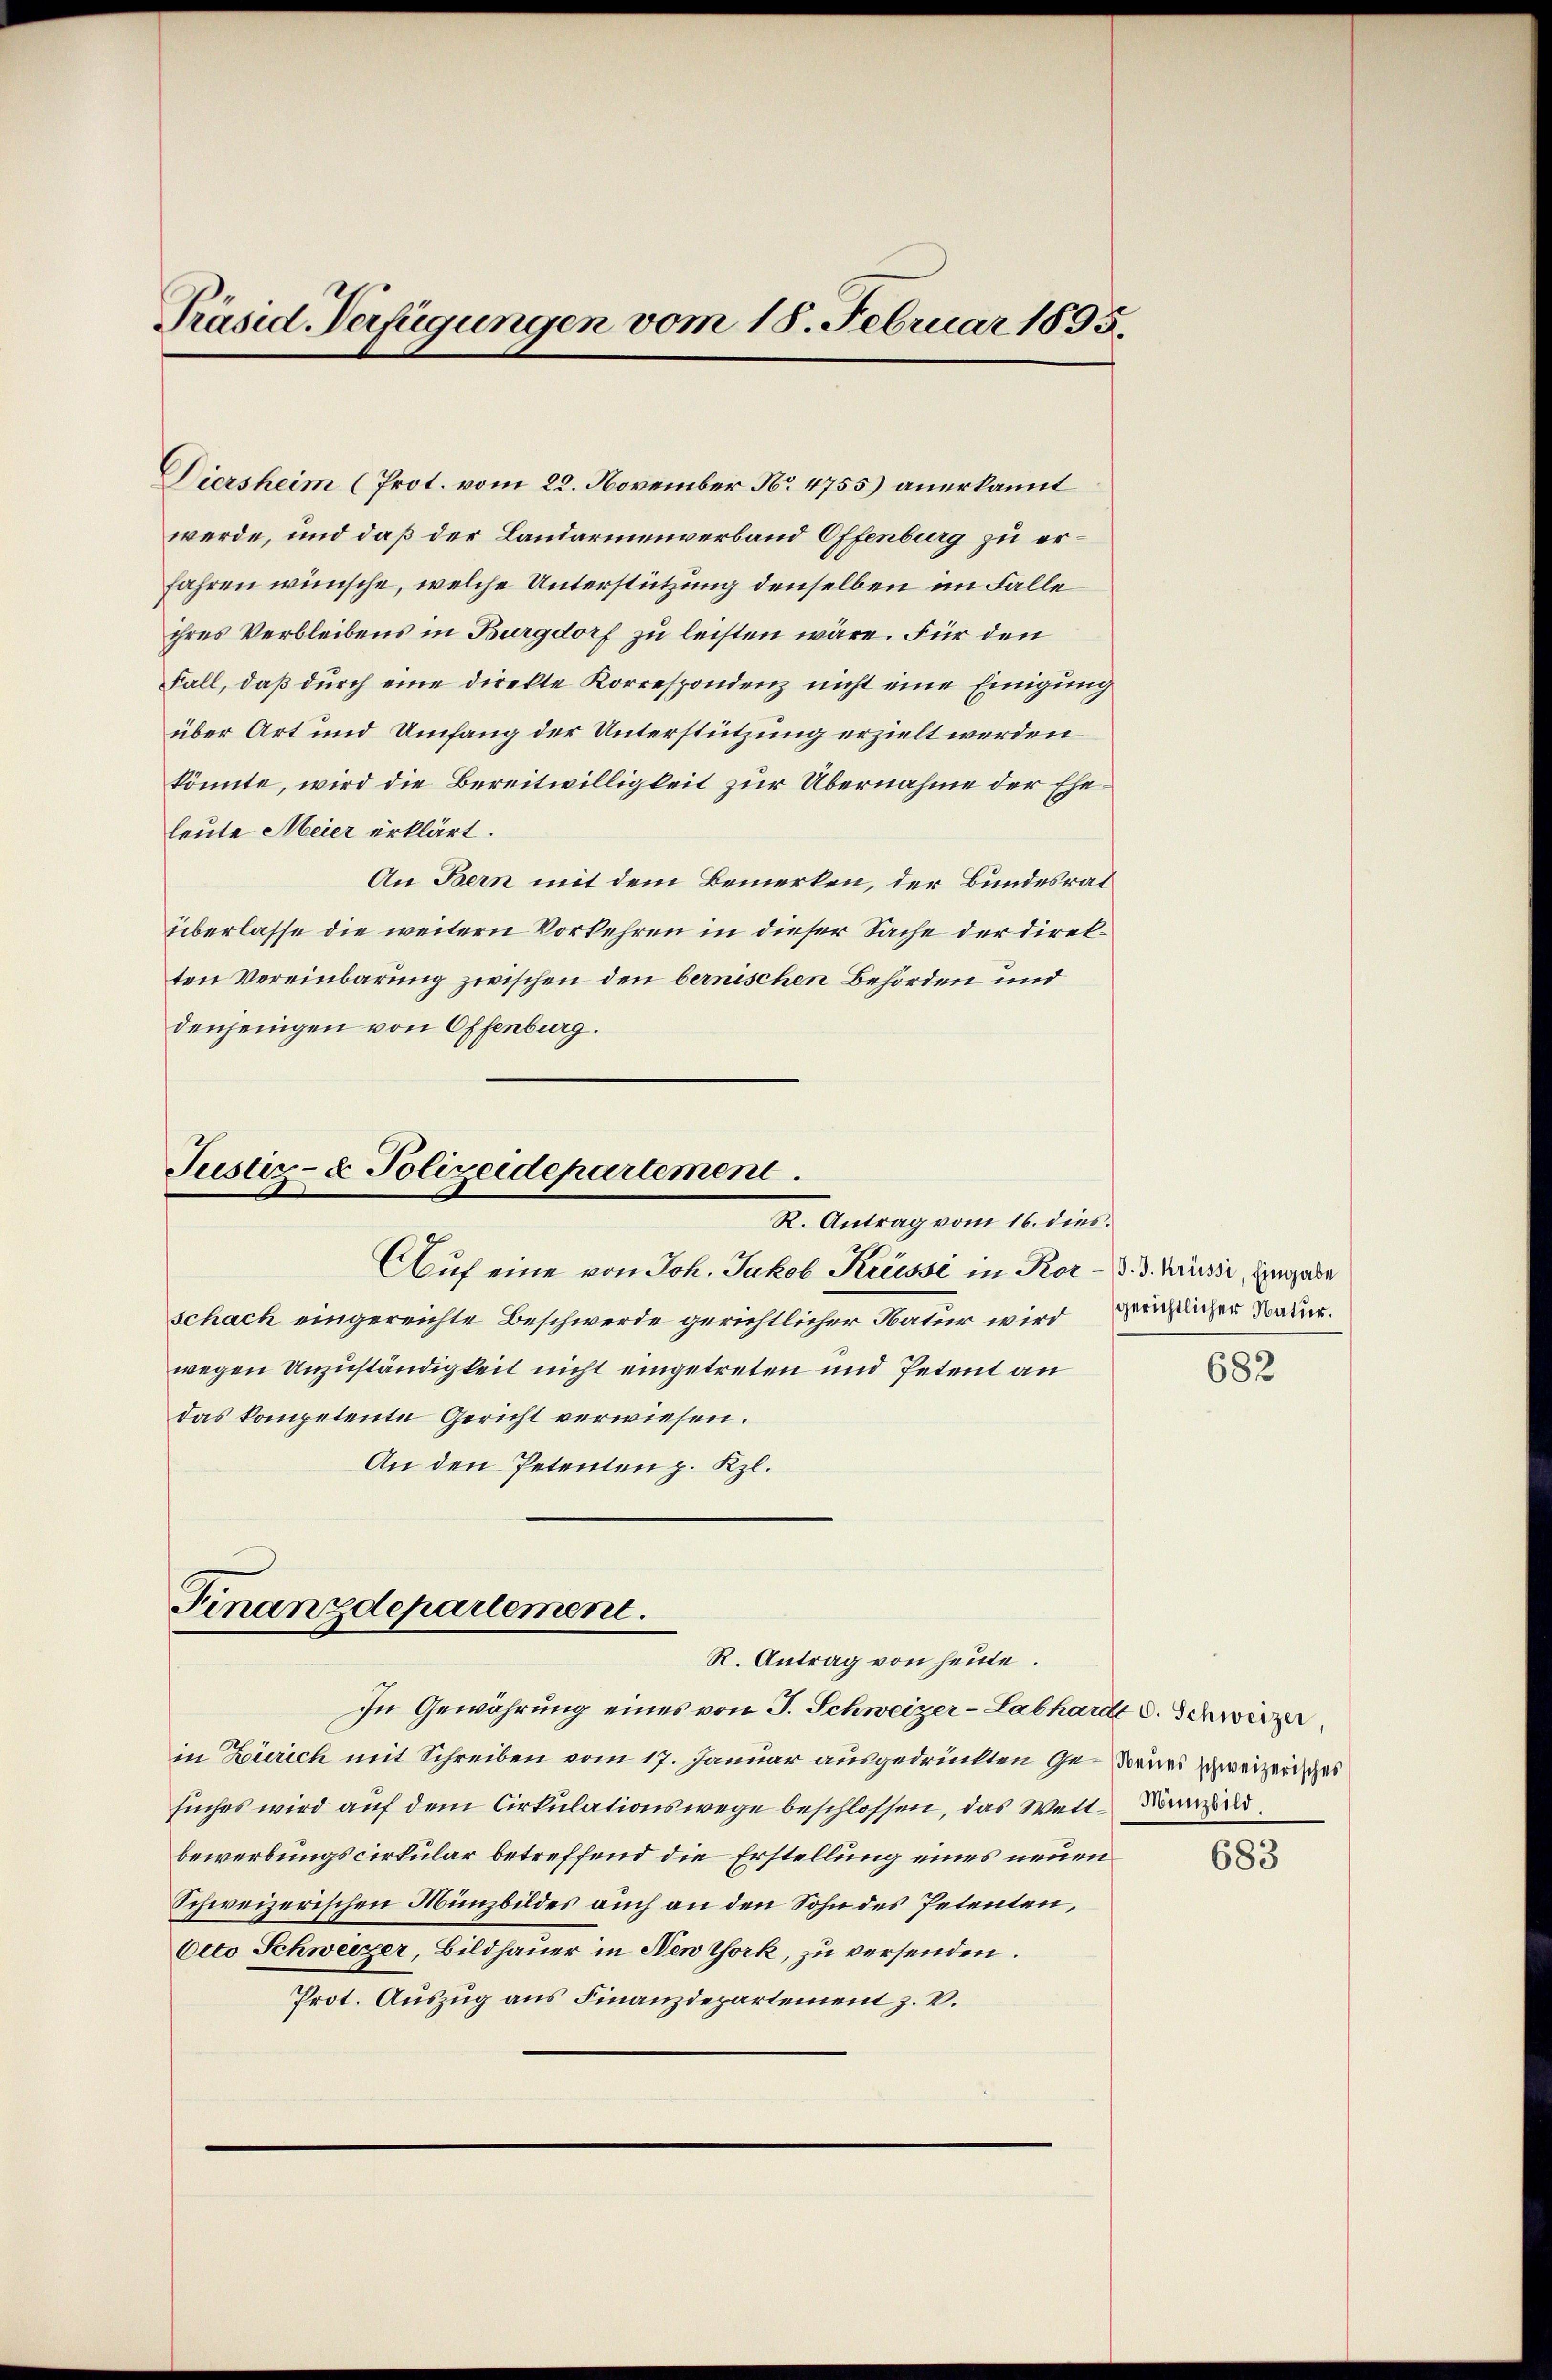
Präsid. Verfügungen vom 18. Februar 1895.

Diersheim (Prot. vom 22. November No 4755) anerkannt
werde, und daß der Landarmenverband Offenburg zu erfahren wünsche, welche Unterstützung denselben im Falle
ihres Verbleibens in Burgdorf zu leisten wäre. Für den
Fall, daß durch eine direkte Korrespondenz nicht eine Einigung
über Art und Umfang der Unterstützung erzielt werden
könnte, wird die Bereitwilligkeit zur Übernahme der Eheleute Meier erklärt.
An Bern mit dem Bemerken, der Bundesrat
überlasse die weitern Vorkehren in dieser Sache der direkten Vereinbarung zwischen den bernischen Behörden und
denjenigen von Offenburg.

Justiz- & Polizeidepartement
R. Antrag vom 16. dies.
Auf eine von Joh. Jakob Krüssi in Ror

Finanzdepartement.
R. Antrag von heute.

schach eingereichte Beschwerde gerichtlicher Natur wird
wegen Unzuständigkeit nicht eingetreten und Petent an
das kompetente Gericht verwiesen.
An den Petenten p. Kzl.

/J. J. Krüssi, Eingabe
gerichtlicher Natur.

In Gewährung eines von J. Schweizer-Labhardt d. Schweizer
in Zürich mit Schreiben vom 17. Januar ausgedrückten Ge¬ drues zweizerischei
suches wird auf dem Cirkulationswege beschlossen, das Welt Brandbewerbungscirkular betreffend die Erstellung eines neuen
Schweizerischen Münzbildes auch an den Sohn des Petenten,
Otto Schweizer, Bildhauer in New York, zu versenden.
Prot. Auszug aus Finanzdepartement z. V.

682

683